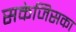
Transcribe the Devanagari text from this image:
सकेजिसका